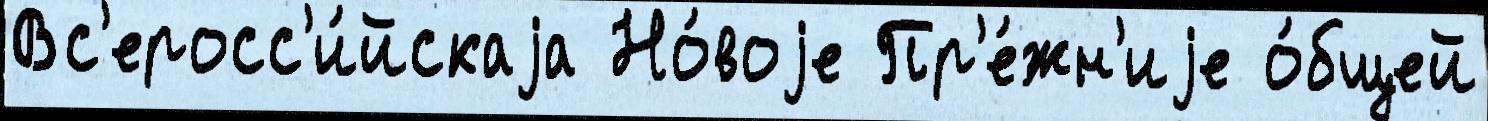
Вс'еросс'и́йскаjа Но́воjе Пр'е́жн'иjе о́бщей